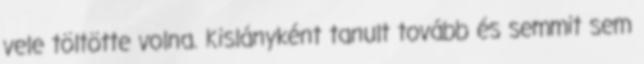
vele töltötte volna. Kislányként tanult tovább és semmit sem